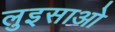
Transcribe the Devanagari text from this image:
लुइसाओ